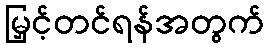
မြှင့်တင်ရန်အတွက်